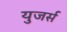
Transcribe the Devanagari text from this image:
युजर्स